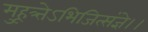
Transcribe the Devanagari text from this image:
मुहूत्र्तेऽभिजित्संज्ञे।।